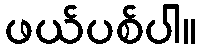
ဖယ်ပစ်ပါ။